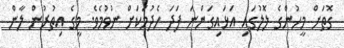
ގޮތަށް މީހުންގެ ލޮލުގައި އަޅައިގަންނަ ފަދަ ހެދުމަކަށް ނުވުމެވެ. މީގެ އިތުރުން ލާން